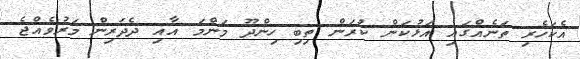
އެކަހެރި ތަނެއްގައި އަޅުކަން ކުރަން ތިބި ހިންދޫ މަންމަ އާއި ދެދަރިން މަރުވެއްޖެ